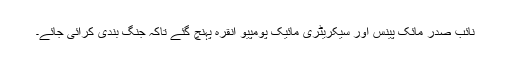
نائب صدر مائک پینس اور سیکریٹری مائیک پومپیو انقرہ پہنچ گئے تاکہ جنگ بندی کرائی جائے۔